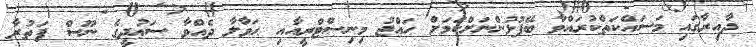
ދާއިރާގައި މަސައްކަތްކުރައްވާ ބޭފުޅުންނަށްކަމަށް ހައްޖު މިނިސްޓްރީއާއި ޙަވާލާ ދެއްވާ ސަޢުދީގެ ނޫސް ފަތުރާ